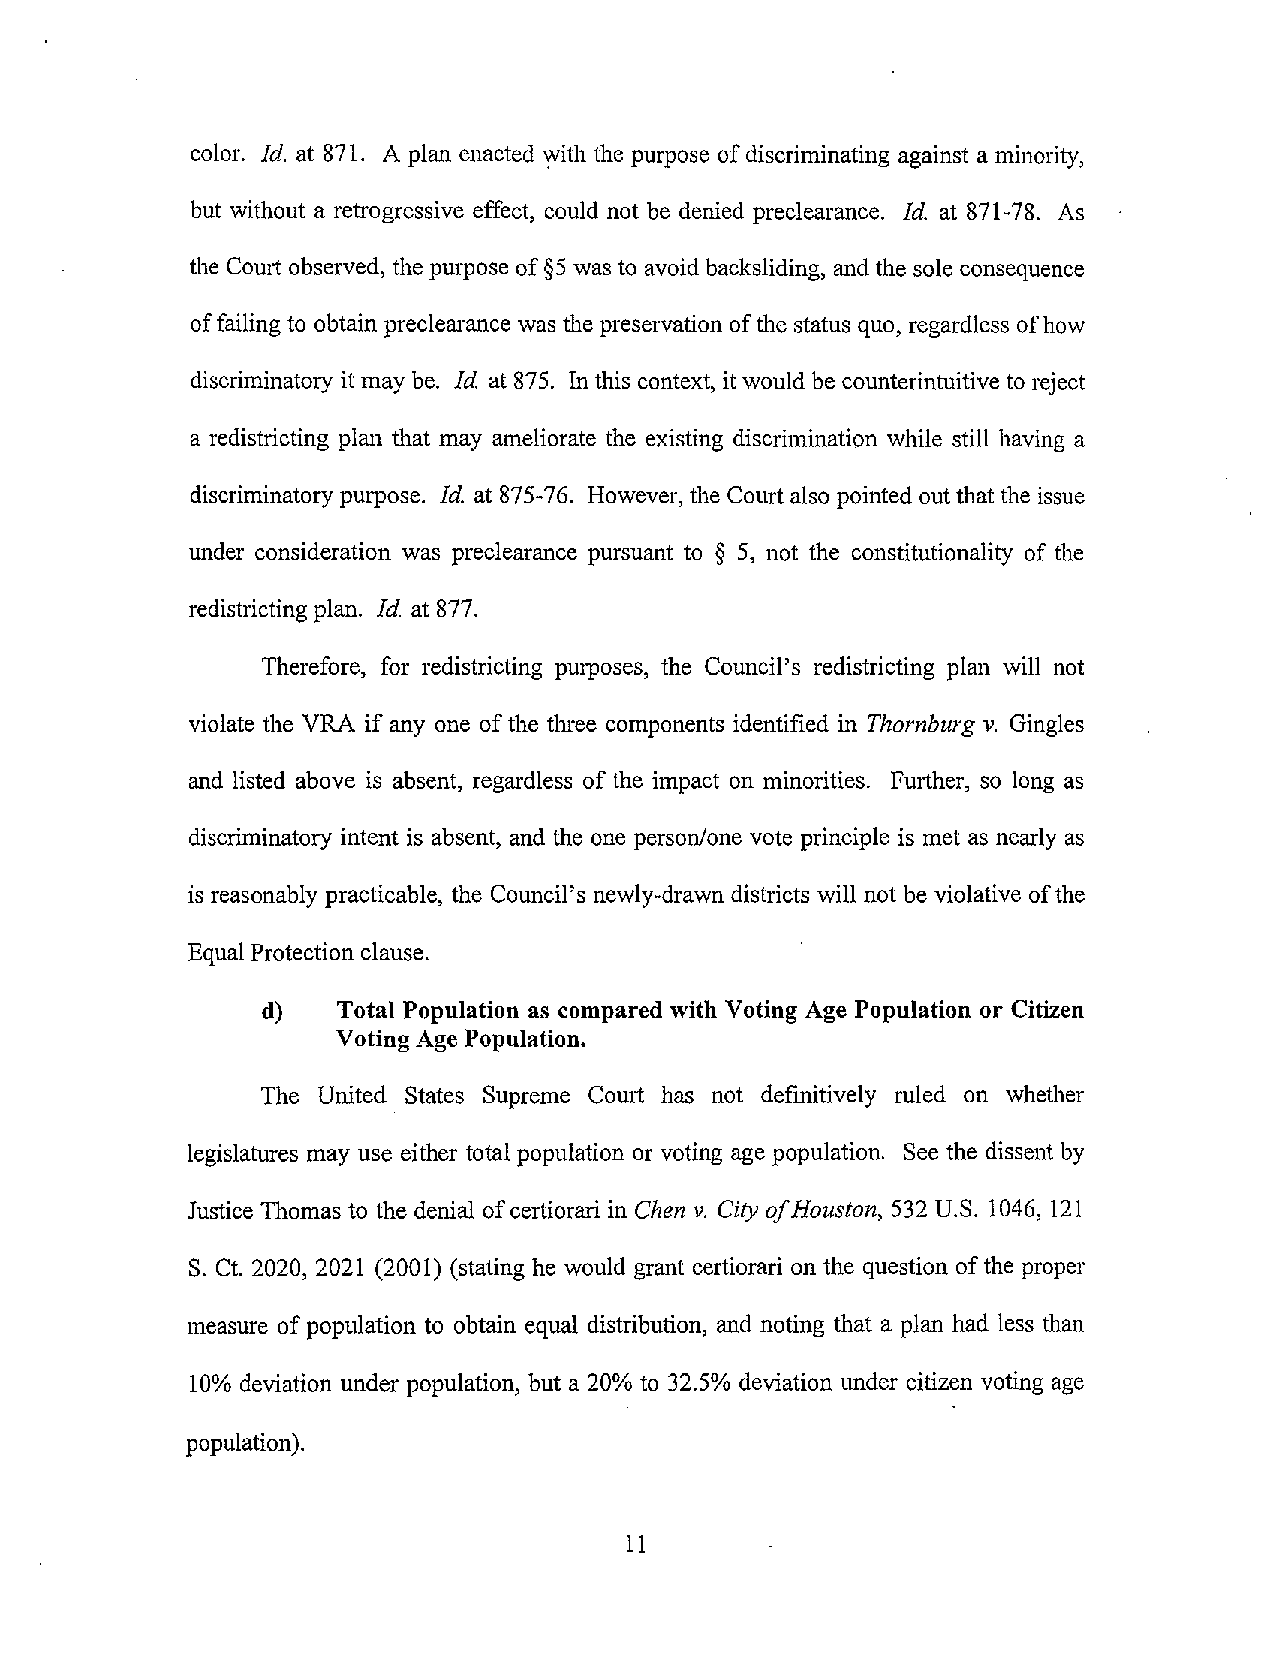
color. Id. at 871. A plan enacted with the purpose ofdiscriminating against a minority,
 but without a retrogressive effect, could not be denied preclearance. Id. at 871-78. As
 the Court observed, the purposeof§5 was to avoid backsliding, and the sole consequence
 offailing to obtain preclearance was the preservation ofthe status quo, regardless ofhow
 discriminatory it may be. Id at 875. In this context, itwould be counterintuitive to reject
 a redistricting plan that may ameliorate the existing discrimination while still having a
 discriminatory purpose. Id. at 875-76. However, the Courtalso pointed outthat the issue
 under consideration was preclearance pursuant to § 5, not the constitutionality of the
 redistricting plan. Id. at 877.
 Therefore, for redistricting purposes, the Council's redistricting plan will not
 violate the VRA ifanyone ofthe three components identified in Thornburg v. Gingles
 and listed above is absent, regardless of the impact on minorities. Further, so long as
 discriminatory intent is absent, and the one person/one vote principle is met as nearly as
 is reasonably practicable, the Council's newly-drawn districts will not be violative ofthe
 Equal Protection clause.
 d)   Total Population as compared with Voting Age Population or Citizen
 VotingAge Population.
 The United States Supreme Court has not definitively ruled on whether
 legislatures may use either total population or voting age population. See the dissent by
 Justice Thomas to the denial ofcertiorari in Chen v. City ofHouston, 532 U.S. 1046, 121
 S. Ct. 2020, 2021 (2001) (stating he would grant certiorari on the question ofthe proper
 measure of population to obtain equal distribution, and noting that a plan had less than
 10% deviation under population, but a 20% to 32.5% deviation under citizen voting age
 population).
 11